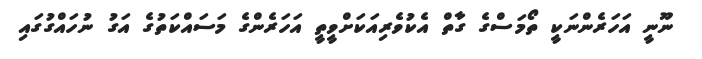
ނޫނީ އަހަރެންނަކީ ތޯމަސްގެ ގާތް އެކުވެރިއަކަށްވީތީ އަހަރެންގެ މަސައްކަތުގެ އަގު ނުހައްގުގައި